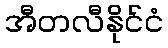
အီတလီနိုင်ငံ